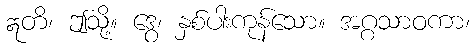
ဣတိ၊ ဤသို့။ ဒွေ၊ နှစ်ပါးကုန်သော။ အဂ္ဂသာဝကာ၊